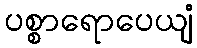
ပစ္စာရောပေယျံ